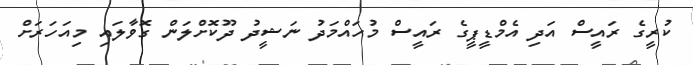
ކުރީގެ ރައީސް އަދި އެމްޑީޕީގެ ރައީސް މުހައްމަދު ނަޝީދު ދޫކޮށްލަން ގޮވާލައި މިއަހަރަށް